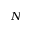
N